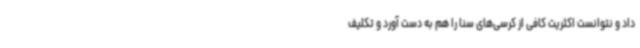
داد و نتوانست اکثریت کافی از کرسی‌های سنا را هم به دست آورد و تکلیف